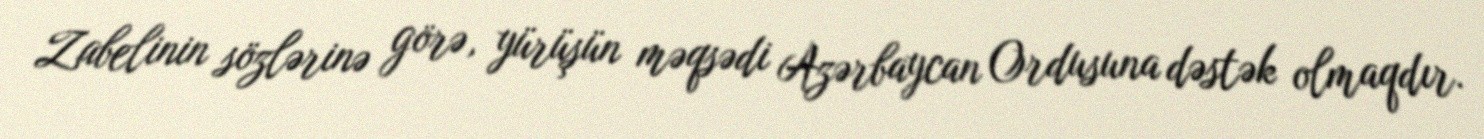
Zabelinin sözlərinə görə, yürüşün məqsədi Azərbaycan Ordusuna dəstək olmaqdır.